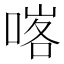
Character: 𠸉